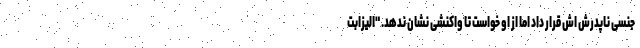
جنسی ناپدرش اش قرار داد اما از او خواست تا واکنشی نشان ندهد. "الیزابت